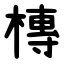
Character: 槫